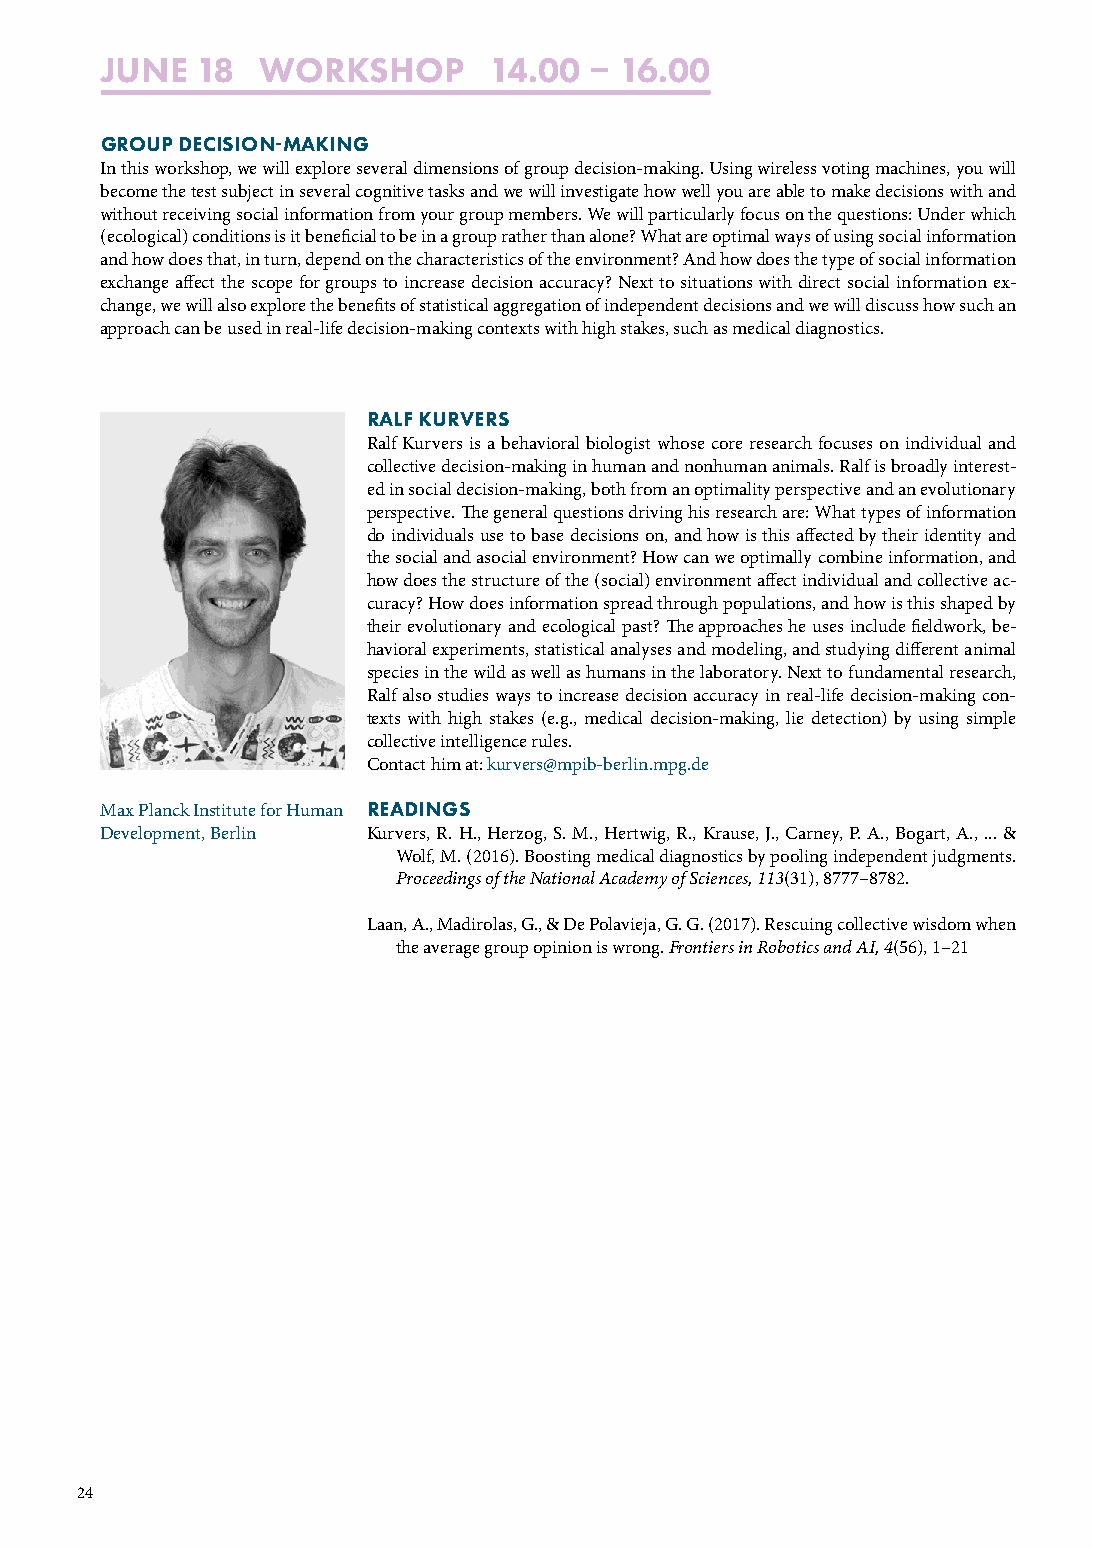
JUNE  18  WORKSHOP       14.00   16.00
 GROUP DECISIONMAKING
 In this workshop, we will explore several dimensions of group decision-making. Using wireless voting machines, you will
 become the test subject in several cognitive tasks and we will investigate how well you are able to make decisions with and
 without receiving social information from your group members. We will particularly focus on the questions: Under which
 (ecological) conditions is it beneficial to be in a group rather than alone? What are optimal ways of using social information
 and how does that, in turn, depend on the characteristics of the environment? And how does the type of social information
 exchange affect the scope for groups to increase decision accuracy? Next to situations with direct social information ex-
 change, we will also explore the benefits of statistical aggregation of independent decisions and we will discuss how such an
 approach can be used in real-life decision-making contexts with high stakes, such as medical diagnostics.
 RALF KURVERS
 Ralf Kurvers is a behavioral biologist whose core research focuses on individual and
 collective decision-making in human and nonhuman animals. Ralf is broadly interest-
 ed in social decision-making, both from an optimality perspective and an evolutionary
 perspective. The general questions driving his research are: What types of information
 do individuals use to base decisions on, and how is this affected by their identity and
 the social and asocial environment? How can we optimally combine information, and
 how does the structure of the (social) environment affect individual and collective ac-
 curacy? How does information spread through populations, and how is this shaped by
 their evolutionary and ecological past? The approaches he uses include fieldwork, be-
 havioral experiments, statistical analyses and modeling, and studying different animal
 species in the wild as well as humans in the laboratory. Next to fundamental research,
 Ralf also studies ways to increase decision accuracy in real-life decision-making con-
 texts with high stakes (e.g., medical decision-making, lie detection) by using simple
 collective intelligence rules.
 Contact him at: kurvers@mpib-berlin.mpg.de
 Max Planck Institute for Human READINGS
 Development, Berlin Kurvers, R. H., Herzog, S. M., Hertwig, R., Krause, J., Carney, P. A., Bogart, A., ... &
 Wolf, M. (2016). Boosting medical diagnostics by pooling independent judgments.
 Proceedings of the National Academy of Sciences, 113(31), 8777–8782.
 Laan, A., Madirolas, G., & De Polavieja, G. G. (2017). Rescuing collective wisdom when
 the average group opinion is wrong. Frontiers in Robotics and AI, 4(56), 1–21
 24